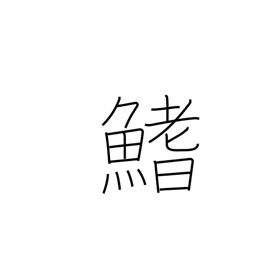
Meaning: fin